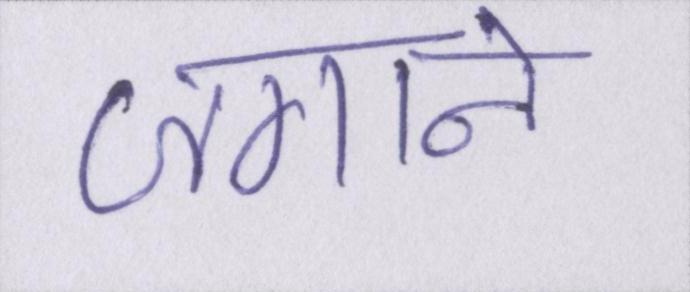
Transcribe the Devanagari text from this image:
जगाने